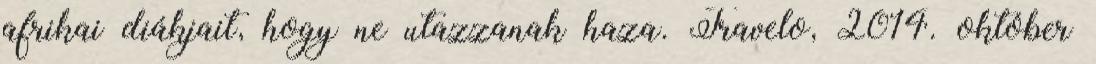
afrikai diákjait, hogy ne utazzanak haza. Travelo, 2014. október